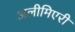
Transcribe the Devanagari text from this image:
अलीमिएरी